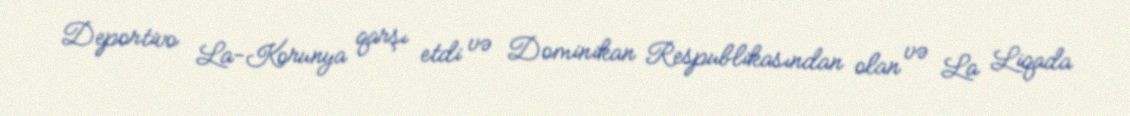
Deportivo La-Korunya qarşı etdi və Dominikan Respublikasından olan və La Liqada